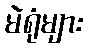
မဲရုံများ